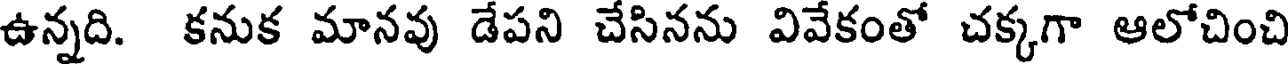
ఉన్నది. కనుక మానవు డేపని చేసినను వివేకంతో చక్కగా ఆలోచించి